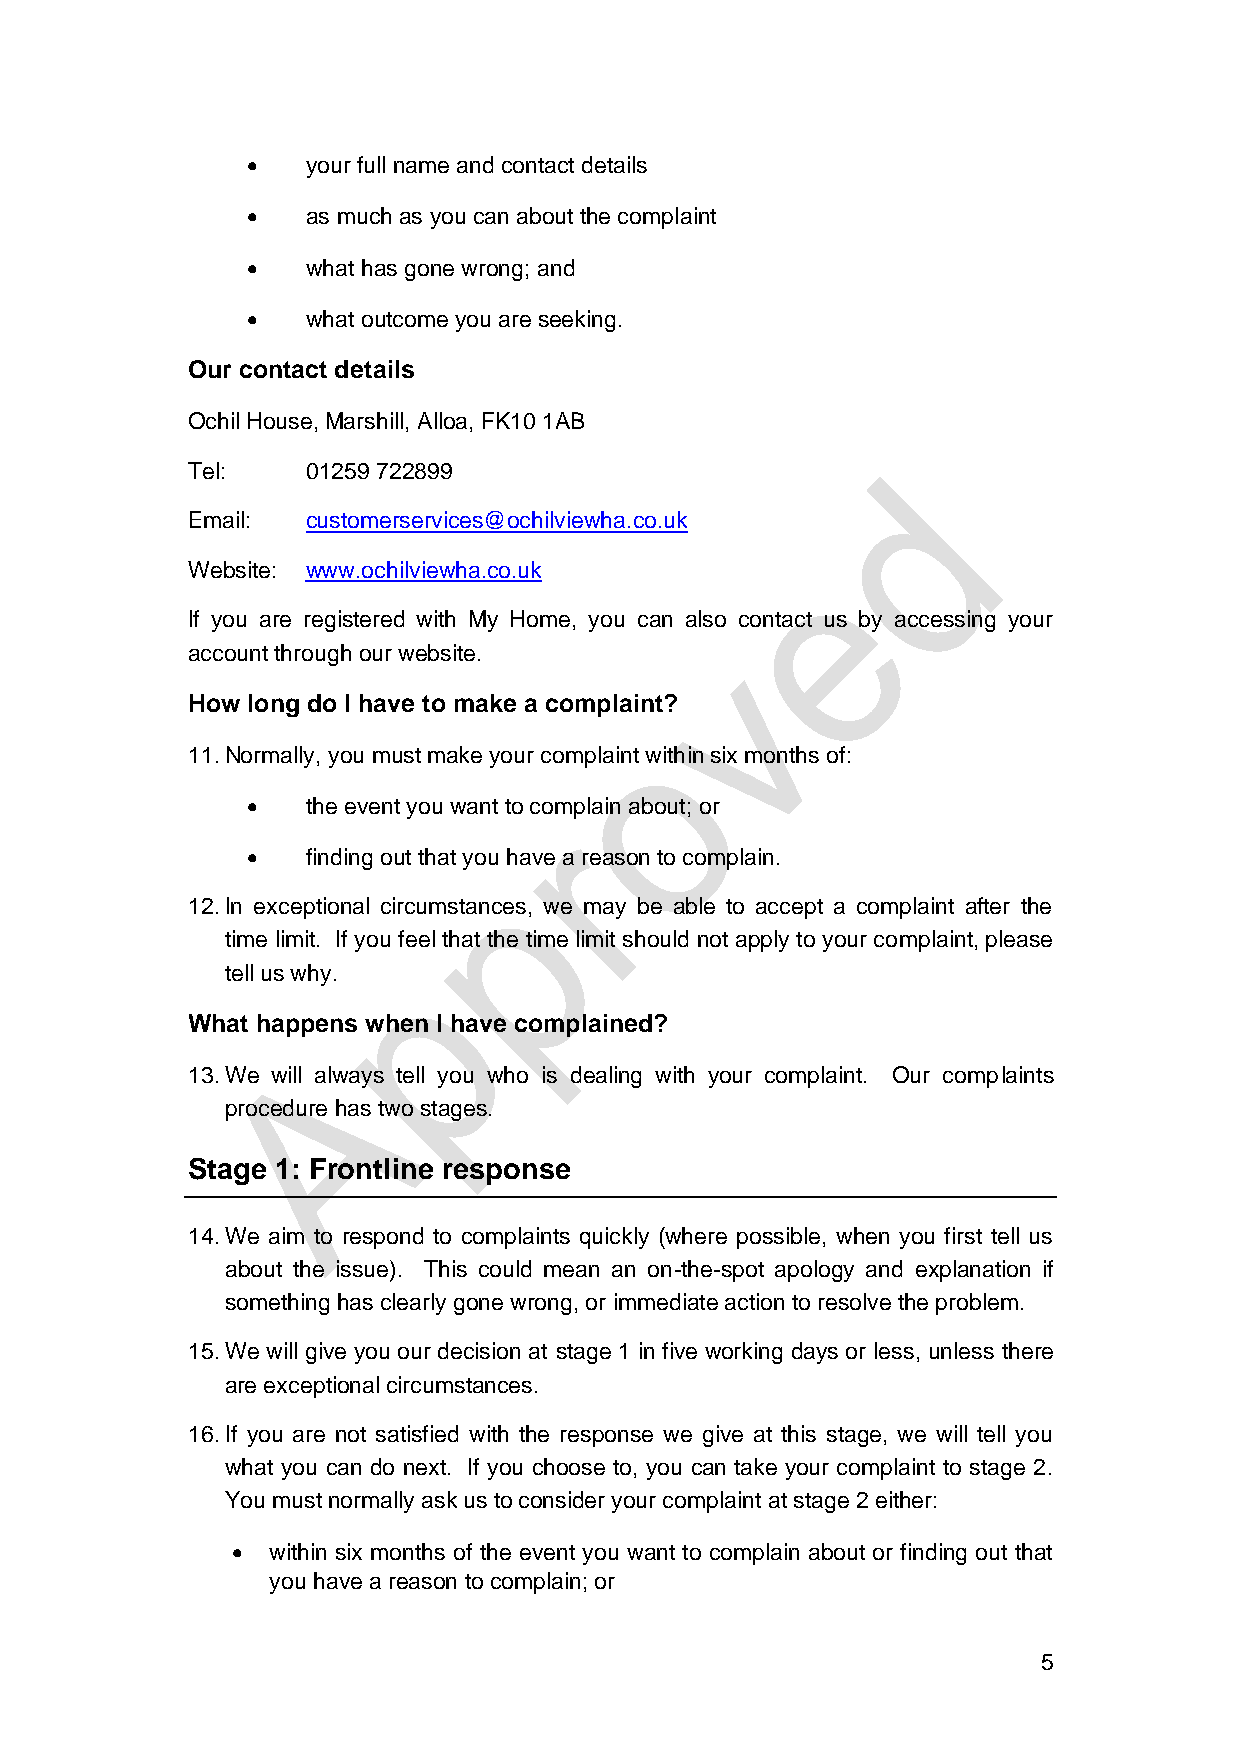
   your full name and contact details
    as much as you can about the complaint
    what has gone wrong; and
    what outcome you are seeking.
 Our contact details
 Ochil House, Marshill, Alloa, FK10 1AB
 Tel:    01259 722899
 Email:  customerservices@ochilviewha.co.uk
 Website: www.ochilviewha.co.uk
 If you are registered with My Home, you can also contact us by accessing your
 account through our website.
 How long do I have to make a complaint?
 11. Normally, you must make your complaint within six months of:
    the event you want to complain about; or
    finding out that you have a reason to complain.
 12. In exceptional circumstances, we may be able to accept a complaint after the
 time limit. If you feel that the time limit should not apply to your complaint, please
 tell us why.
 What happens when I have complained?
 13. We will always tell you who is dealing with your complaint. Our complaints
 procedure has two stages.
 Stage 1: Frontline response
 14. We aim to respond to complaints quickly (where possible, when you first tell us
 about the issue). This could mean an on-the-spot apology and explanation if
 something has clearly gone wrong, or immediate action to resolve the problem.
 15. We will give you our decision at stage 1 in five working days or less, unless there
 are exceptional circumstances.
 16. If you are not satisfied with the response we give at this stage, we will tell you
 what you can do next. If you choose to, you can take your complaint to stage 2.
 You must normally ask us to consider your complaint at stage 2 either:
   within six months of the event you want to complain about or finding out that
 you have a reason to complain; or
 5